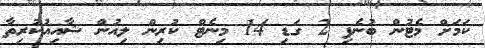
ކަމަށް މެޓުން ބުނެފި 2 ގަޑި 14 މިނެޓް ކުރިން ލިއުން ޝާއިއުކުރިތާ